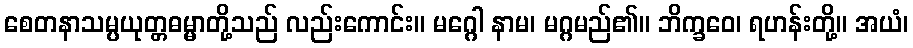
စေတနာသမ္ပယုတ္တဓမ္မာတို့သည် လည်းကောင်း။ မဂ္ဂေါ နာမ၊ မဂ္ဂမည်၏။ ဘိက္ခဝေ၊ ရဟန်းတို့။ အယံ၊